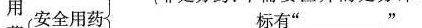
用安全用药标有”____”